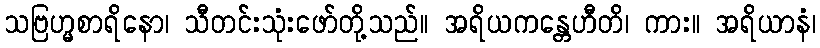
သဗြဟ္မစာရိနော၊ သီတင်းသုံးဖော်တို့သည်။ အရိယကန္တေဟီတိ၊ ကား။ အရိယာနံ၊